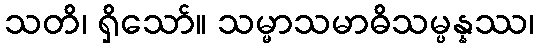
သတိ၊ ရှိသော်။ သမ္မာသမာဓိသမ္ပန္နဿ၊